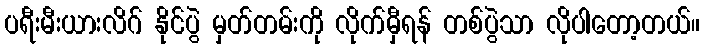
ပရီးမီးယားလိဂ် နိုင်ပွဲ မှတ်တမ်းကို လိုက်မှီရန် တစ်ပွဲသာ လိုပါတော့တယ်။